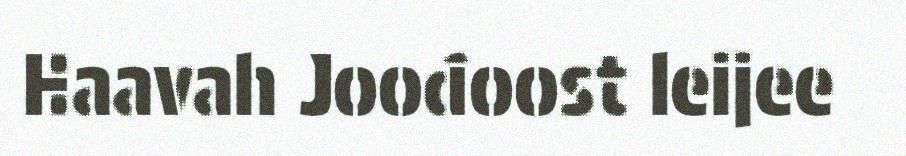
Haavah Joođoost leijee